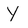
Character: y